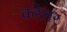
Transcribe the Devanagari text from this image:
करेत्तर